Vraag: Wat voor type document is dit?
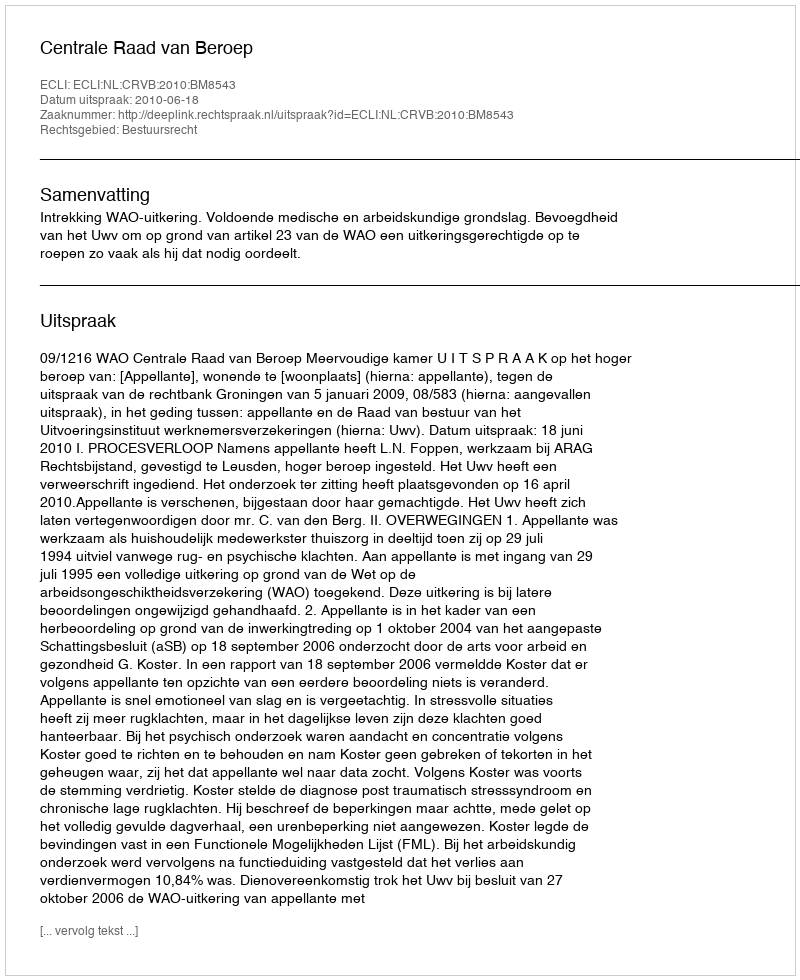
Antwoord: Uitspraak